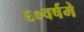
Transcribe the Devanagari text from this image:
६०वर्षमे